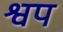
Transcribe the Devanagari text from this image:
श्वप